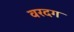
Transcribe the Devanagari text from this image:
वरदग